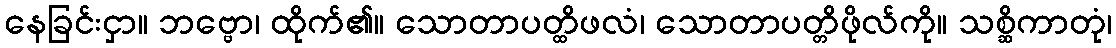
နေခြင်းငှာ။ ဘဗ္ဗော၊ ထိုက်၏။ သောတာပတ္ထိဖလံ၊ သောတာပတ္တိဖိုလ်ကို။ သစ္ဆိကာတုံ၊